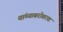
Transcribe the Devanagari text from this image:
यांच्याबरोबरचा